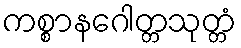
ကစ္စာနဂေါတ္တသုတ္တံ